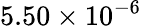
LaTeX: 5.50\times 10^{-6}